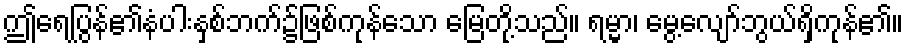
ဤရေပြွန်၏နံပါးနှစ်ဘက်၌ဖြစ်ကုန်သော မြေတို့သည်။ ရမ္မာ၊ မွေ့လျော်ဘွယ်ရှိကုန်၏။